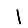
Digit: 1